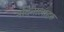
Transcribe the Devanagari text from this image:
नदिनालाहरु